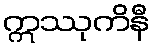
ဣဿုကိနီ